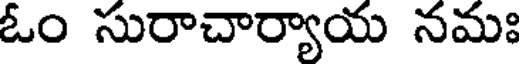
ఓం సురాచార్యాయ నమః